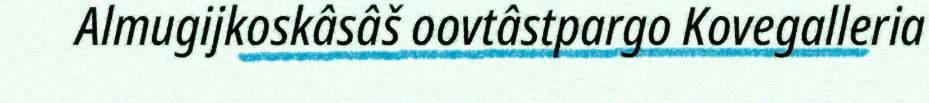
Almugijkoskâsâš oovtâstpargo Kovegalleria